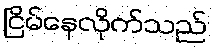
ငြိမ်နေလိုက်သည်